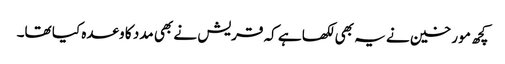
کچھ مو رخین نے یہ بھی لکھا ہے کہ قریش نے بھی مدد کا وعدہ کیا تھا۔